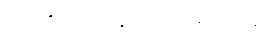
သတိပေးပန်ကြားပါတယ်။